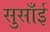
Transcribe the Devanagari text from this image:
सुसाँई